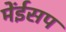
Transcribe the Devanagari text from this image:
मेंईसप